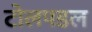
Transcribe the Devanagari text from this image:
टोलपडल